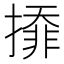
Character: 㩑